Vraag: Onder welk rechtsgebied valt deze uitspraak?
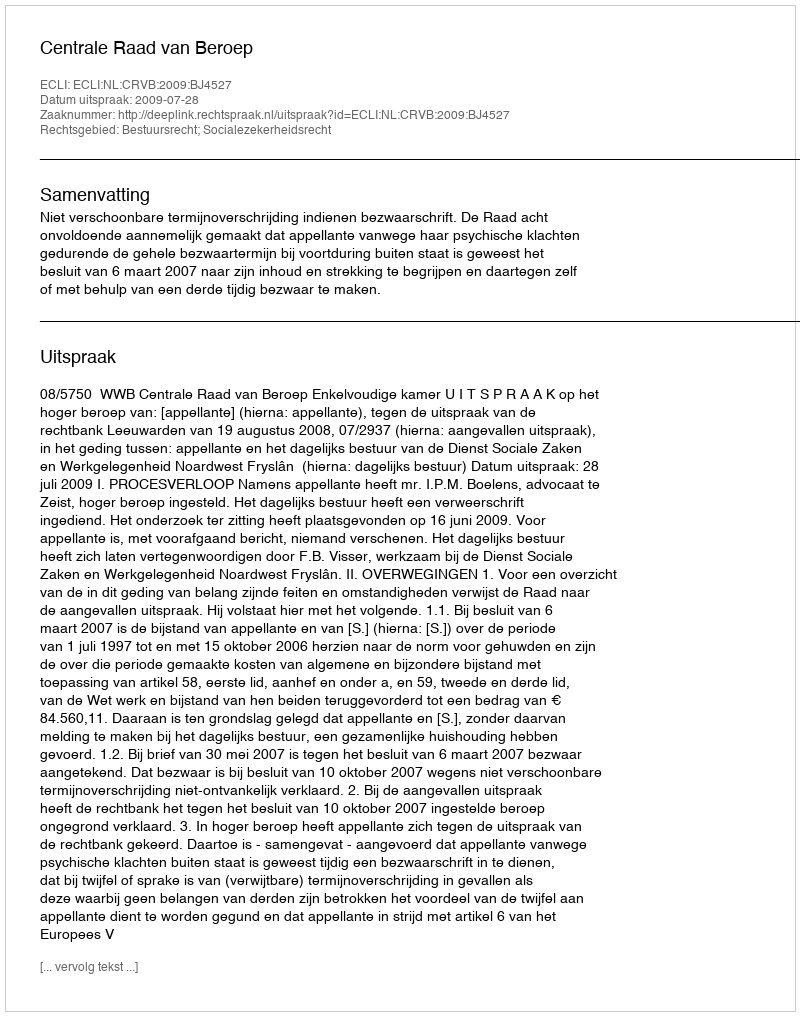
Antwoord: Bestuursrecht; Socialezekerheidsrecht